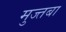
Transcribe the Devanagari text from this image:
मुज्तबा